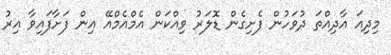
މިދިއަ އާދިއްތަ ދުވަހުން ފެށިގެން ޑޮލަރު ވިއްކަން އެމްއެމްއޭ އިން ފަށާފައިވާ އިރު